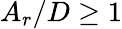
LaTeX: A_{r}/D\geq 1